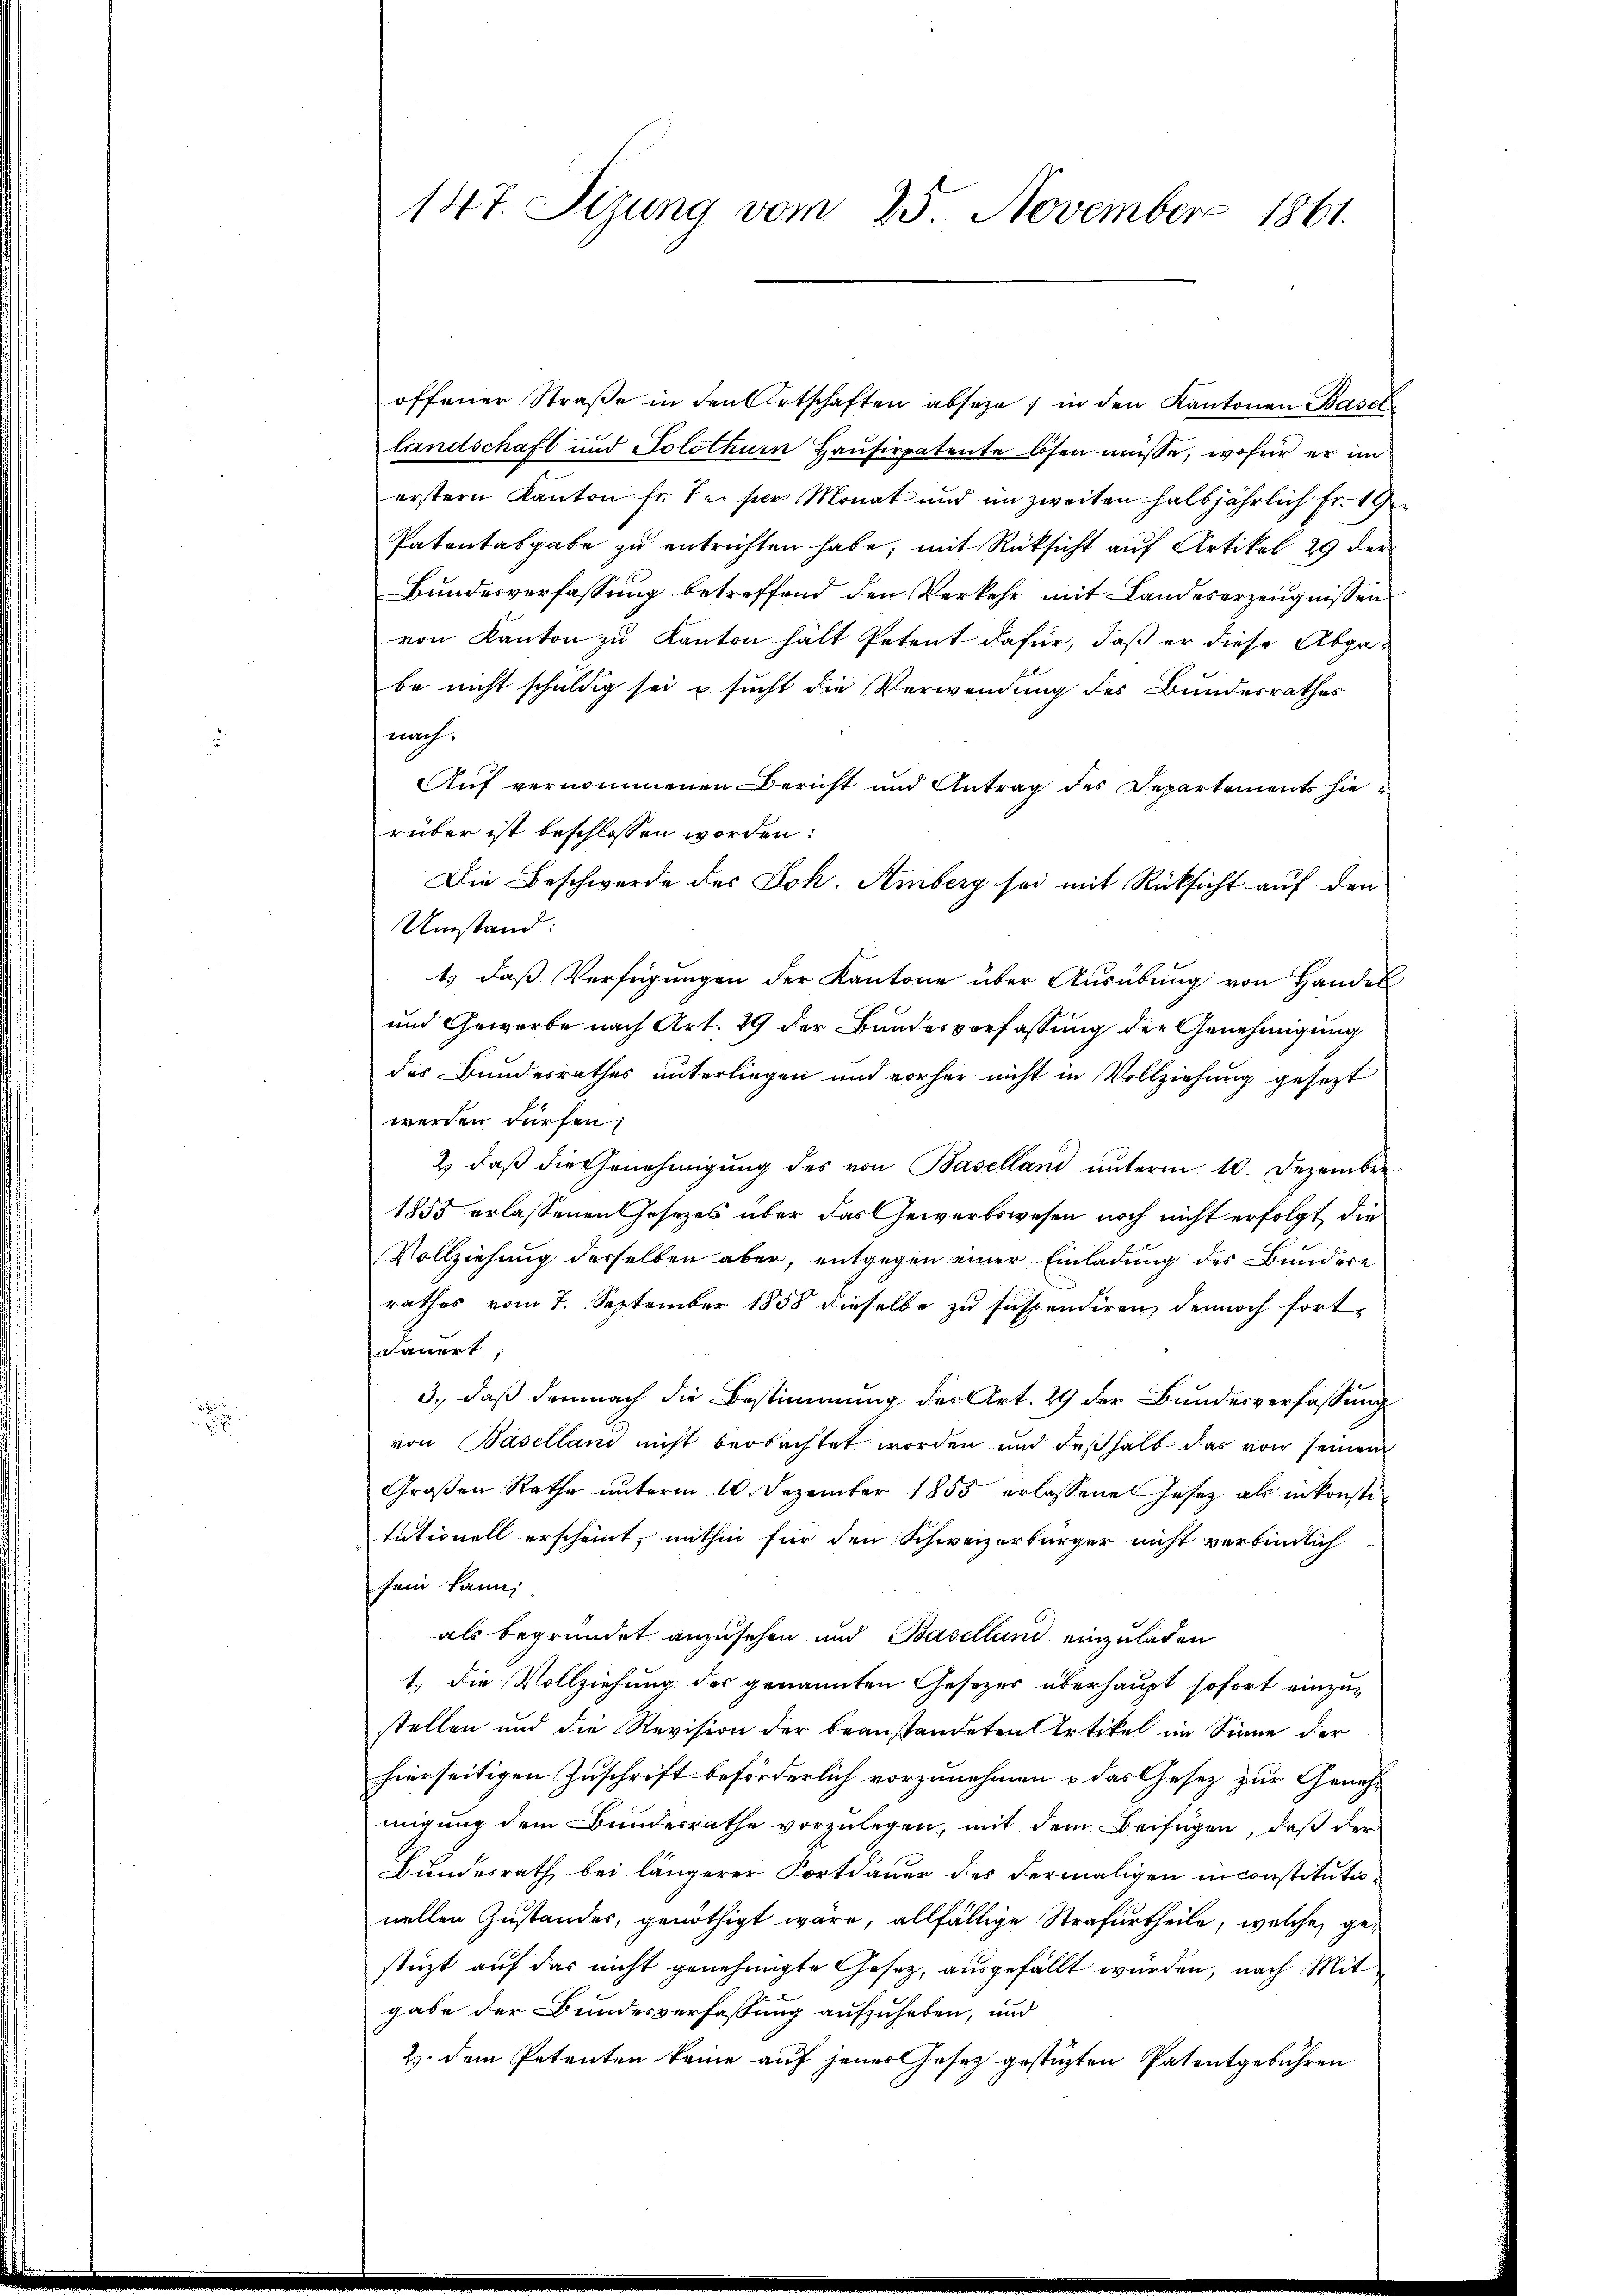
147. Sizung vom 25. November 1861.

offener Straße in den Ortschaften abseze, in den Kantonen Basel
landschaft und Solothurn Hausirpatente lösen müsse, wofür er im
erstern Kanton fr. der per Monat und im zweiten halbjährlich Fr. 19
Patentabgabe zŭ entrichten habe, mit Rücksicht auf Artikel 29 der
Bundesverfassung betreffend den Verkehr mit Landeserzeugnissen
von Kanton zu Kanton hält Petent dafür, daß er diese Abgabe nicht schuldig sei u sucht die Verwendung des Bundesrathes
nach:
Auf vernommenen Bericht und Antrag des Departements hierüber ist beschlossen worden:
Die Beschwerde des Joh. Amberg sei mit Rücksicht auf den
Umstand:
t) daß Verfügungen der Kantone über Ausübung von Handel
und Gewerbe nach Art. 29 der Bundesverfassung der Genehmigung
des Bundesrathes unterliegen und vorher nicht in Vollziehung gesezt
werden dürfen;
2. daβ die Genehmigŭng des von Baselland ŭnterm 10. Dezember
1855 erlassenen Gesetzes über das Gewerbswesen noch nicht erfolgt, die
Vollziehung derselben aber, entgegen einer Einladung des Bundere
rathes vom 7. September 1858 dieselbe zu suspendiren, dennoch fort-
rauert
3., daß demnach die Bestimmung des Art. 29 der Bundesverfassung
von Baselland nicht beobachtet worden und deßhalb das von seinem
Großen Rathe unterm 10. Dezember 1855 erlassenes Jesez als in konste
tutionell erscheint, mithin für den Schweizerbürger nicht verbindlich
sein kann,
als begründet anzusehen und Baselland einzuladen
1.) Die Vollziehung des genannten Gesetzes überhaupt sofort einzug
stellen und die Revision der beanstandeten Artikel im Sinne der
hierseitigen Zuschrift beförderlich vorzunehmen u das Gesez zur Genehmigung dem Bundesrathe vorzulegen, mit dem Beifügen, daß der
Bundesrath bei längerer Fortdauer des dermaligen inconstitutionellen Zustandes, genöthigt wäre, allfällige Strafurtheile, welche gestüzt auf das nicht genehmigte Gesetz, ausgefällt würden, nach Mitgabe der Bundesverfassung aufzuheben, und
2.) Dem Petenten keine auf jenes Gesetz gestüzten Patentgebühren